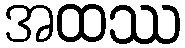
အထဿ